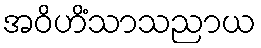
အဝိဟိံသာသညာယ